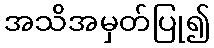
အသိအမှတ်ပြု၍